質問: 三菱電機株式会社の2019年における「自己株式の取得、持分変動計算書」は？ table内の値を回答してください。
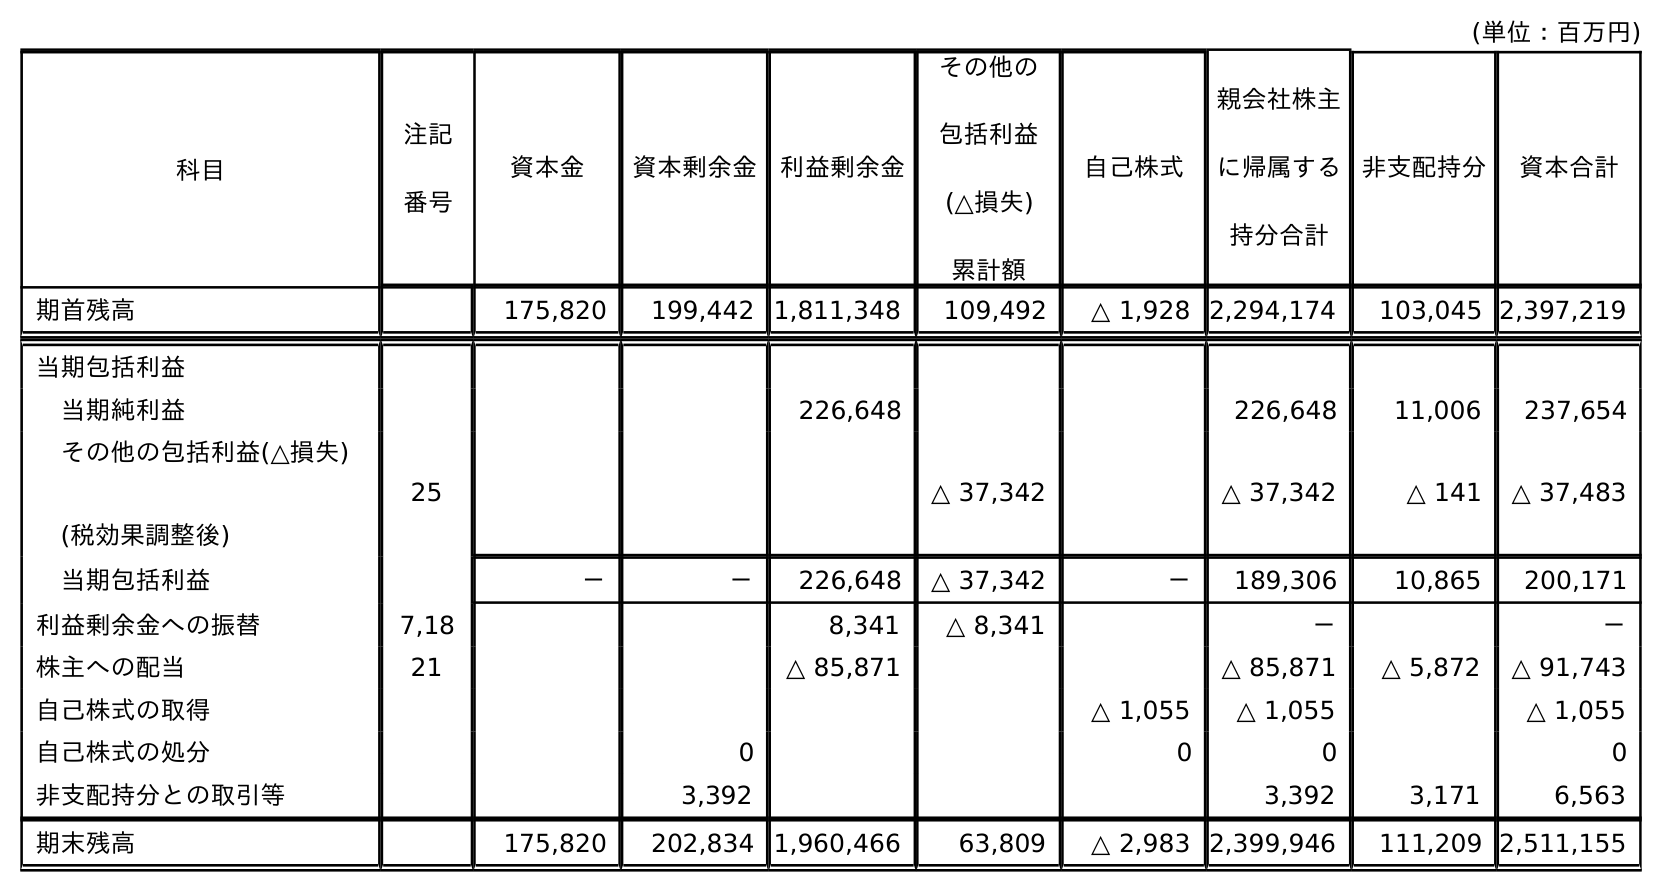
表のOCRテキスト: (単位：百万円) 科目 注記 番号 非支配持分 資本合計 資本金 資本剰余金 利益剰余金 その他の 包括利益 (△損失) 累計額 自己株式 親会社株主 に帰属する 持分合計 期首残高 175,820 199,442 1,811,348 109,492 △ 1,928 2,294,174 103,045 2,397,219 当期包括利益 当期純利益 226,648 226,648 11,006 237,654 その他の包括利益(△損失) (税効果調整後) 25 △ 37,342 △ 37,342 △ 141 △ 37,483 当期包括利益 － － 226,648 △ 37,342 － 189,306 10,865 200,171 利益剰余金への振替 7,18 8,341 △ 8,341 － － 株主への配当 21 △ 85,871 △ 85,871 △ 5,872 △ 91,743 自己株式の取得 △ 1,055 △ 1,055 △ 1,055 自己株式の処分 0 0 0 0 非支配持分との取引等 3,392 3,392 3,171 6,563 期末残高 175,820 202,834 1,960,466 63,809 △ 2,983 2,399,946 111,209 2,511,155
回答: △1,055